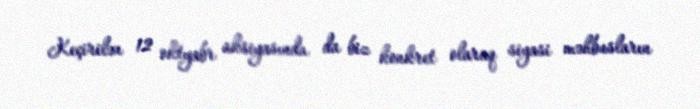
Keçirilən 12 oktyabr aksiyasında da biz konkret olaraq siyasi məhbusların